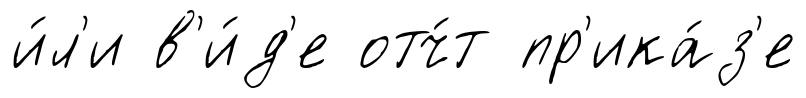
и́л'и в'и́д'е отч́т пр'ика́з'е